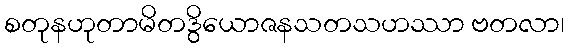
စတုနဟုတာမိတဒွိယောဇနသတသဟဿာ ဗတလာ၊